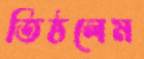
তিষ্ঠলেম